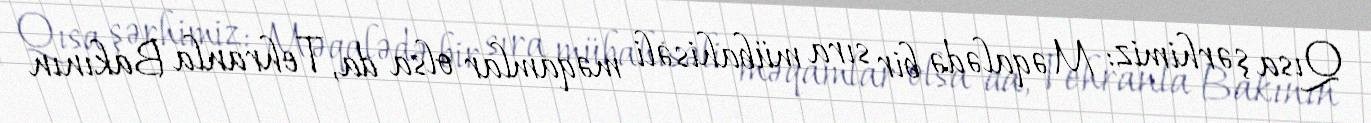
Qısa şərhimiz: Məqalədə bir sıra mübahisəli məqamlar olsa da, Tehranla Bakının